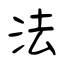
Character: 法